Statistical return of the lunatic asylum in Assam - 1912-1932
Year: 1912
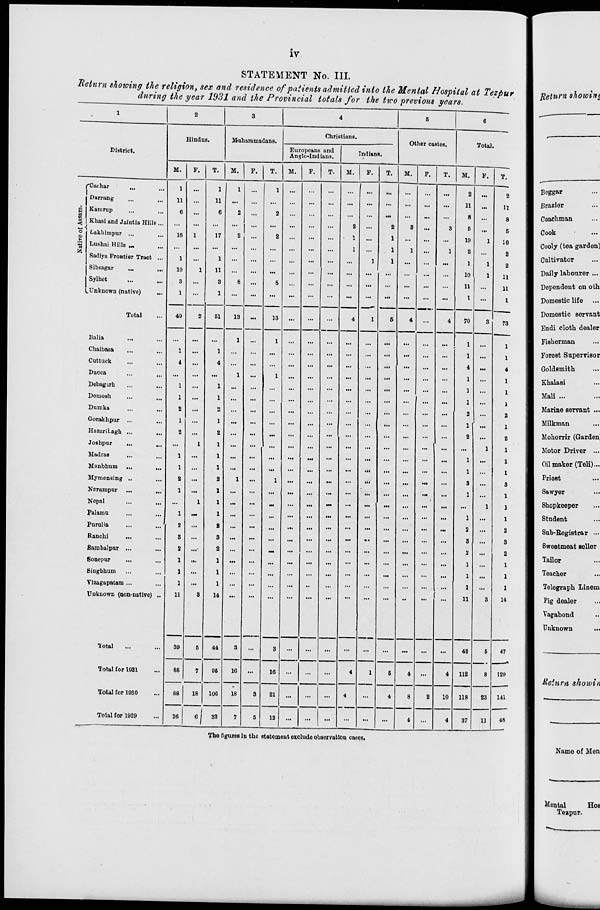
iv
STATEMENT No. III.
Return showing the religion, sex and residence of patients admitted into the Mental Hospital at Tezpm
during the year 1931 and the Provincial totals for the two previous years.
1
2
3
4
5
6
Hindus.
Mubaramadans.
Cbrietians.
Otlicr castes.
Tntnl.
District.
Europeans and
Anglo-Indians.
Indians.
M.
F.
T.
M.
F.
T.
M. I F.
T.
M.
F.
T.
M.
F.
T.
M.
F.
T.
'Caohar
1
1
1
1
...
...
...
...
...
...
2
2
Darrang
11
...
11
...
...
...
...
...
...
...
...
...
...
...
...
11
...
11
B Karnrup
6
...
6
2
...
2
...
...
...
...
...
...
...
...
...
8
8
w
<
o
Khasi and Jaintia Hills...
...
...
...
...
...
...
...
...
...
2
...
2
a ...
8
5
...
5
Lakbimpur ...
16
1
17
2
...
2
...
...
...
1
...
1
...
...
...
19
1
10
I
fc
Lushni Hills .„
Sadiya Frontier Tract ...
1
...
1
...
...
...
...
...
...
1
1
1
1
I
...
1
2
1
1
2
2
Sibsagar
10
1
11
...
...
...
...
...
...
...
...
...
...
...
...
10
1
11
Sylhct
8
...
3
8
...
S
...
...
...
...
...
...
...
...
...
11
...
11
,. Unknown (native)
1
...
1
...
...
...
...
...
...
...
...
...
...
...
...
I
...
1
Total
49
2
51
13
...
13
...
...
...
4
1
B
4
...
4
70
3
73
Ealia
...
1
1
...
...
1
1
Chaibasa
1
...
1
...
...
...
...
...
...
...
...
...
...
...
...
1
...
1
Cuttuck
4
...
4
...
...
...
...
...
...
...
...
...
...
...
...
4
...
4
Dacca
...
...
...
1
...
1
...
...
...
...
...
...
...
...
•••
1
...
1
Debagarh
1
...
1
...
...
...
...
...
...
...
...
...
...
...
...
1
...
1
Domosh
1
...
1
...
...
...
...
...
...
...
...
...
...
...
...
1
...
1
Dumka
2
...
2
...
...
...
...
...
...
...
...
...
...
...
...
2
...
2
Gorakhpur ...
1
...
1
...
...
...
...
...
...
...
...
...
...
...
:
1
...
1
HazctriLagh ...
...
2
...
2
...
...
...
...
...
...
...
...
...
...
2
...
2
Joshpur
...
...
1
1
...
...
...
...
...
...
...
...
...
...
...
...
1
1
Madras
1
...
1
...
...
...
...
...
...
...
...
...
...
...
...
1
...
1
Manbnum ...
1
...
1
...
...
...
...
...
...
...
...
...
...
...
...
1
...
1
Mymensing ..
2
...
2
1
...
1
...
...
...
...
...
...
...
...
...
3
...
3
Narampur
1
...
1
...
...
...
...
...
...
...
...
...
...
...
...
1
...
1
Nepal
...
1
1
...
...
m
...
...
„.
...
...
...
...
...
...
...
1
1
Palamu
1
.„
1
...
...
...
...
...
...
...
...
...
...
...
...
1
...
1
Purulia
2
...
2
...
...
...
...
...
...
...
...
...
...
...
...
2
...
2
Ranchi
3
...
3
...
...
...
...
...
...
...
.,.
...
...
...
...
3
...
3
Sambalpur ...
2
...
2
...
...
.-
...
...
...
...
...
...
...
...
...
2
...
2
fiouepur
1
...
1
...
...
...
...
...
...
...
...
...
...
...
...
1
...
1
Singbbum
1
...
1
...
...
...
...
...
...
...
...
...
...
...
...
1
...
1
Vizagapatam ...
1
...
1
...
...
...
...
••
...
...
...
...
...
... 1 ...
1
...
1
Unknown (non-native) ..
11
3
14
11
3
14
Total
39
5
44
3
...
8
...
...
...
...
...
...
...
...
...
42
5
47
Total for 1931
86
7
95
10
...
16
...
...
...
4
1
5
4
...
4
112
8
120
Total for 1030
88
18
IOC
18
3
21
...
...
...
4
4
8
2
10
118
23
141
Total for 1929
26
6 1 32
7
5
12
...
...
...
...
...
...
4
...
4
37
11
48
Return showing
Beggar
Brazier
Coachman
Cook
Cooly (tea garden)
Cultivator
Daily labourer ...
Dependent on ofch
Domestic life
Domestic servant
Endi cloth dealer
Fisherman
Forest Supervisor
Goldsmith
Khalasi
Mali ...
Marine servant ...
Milkman
Mohorrir (Garden'
Motor Driver ...
Oil maker (Teli)...
PrieBt
Sawyer
Shopkeeper
Student
Sub-Eegistrar •••
Sweetmeat seller
Tailor
Teacher
Telegraph Linem:
Pig dealer
Vagabond
Unknown
Heinrn showin
The figures in the statement exolude observation cases.
Name of Mon
Mental
HOE
Teapur.